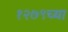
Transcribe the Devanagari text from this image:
१२७९च्या